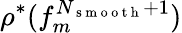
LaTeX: \rho^{*}(f_{m}^{N_{\mathrm{~s~m~o~o~t~h~}}+1})